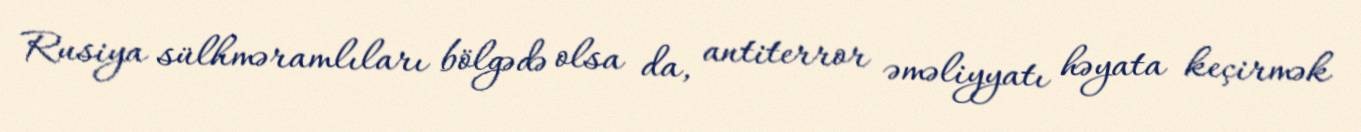
Rusiya sülhməramlıları bölgədə olsa da, antiterror əməliyyatı həyata keçirmək